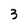
Character: 3